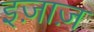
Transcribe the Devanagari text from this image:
इज़ाज़